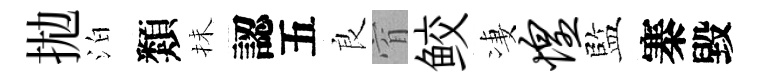
拋泊類抺認五良窅鲛凄惶監寨毀